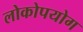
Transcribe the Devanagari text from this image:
लोकोपयोग